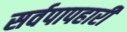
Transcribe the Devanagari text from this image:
सर्वपापहारी